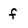
Character: f